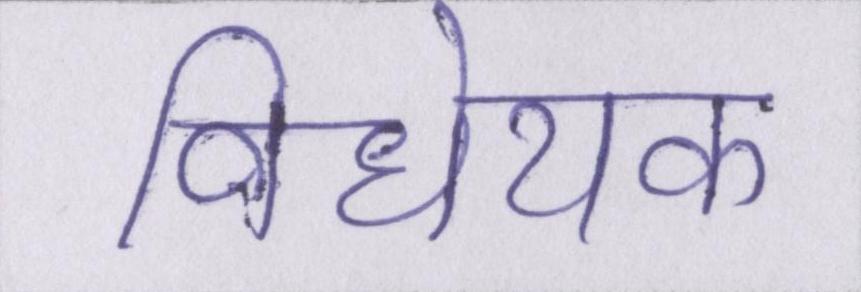
विधेयक